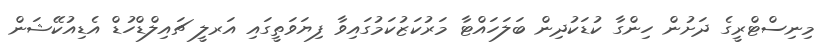
މިނިސްޓްރީގެ ދަށުން ހިންގާ ކުޑަކުދިން ބަލަހައްޓާ މަރުކަޒުކަމުގައިވާ ފިޔަވަތީގައި އަރލީ ޗައިލްޑްހުޑް އެޑިއުކޭޝަން